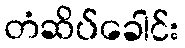
တံဆိပ်ခေါင်း